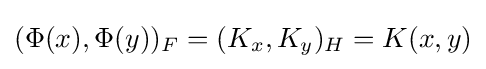
(\Phi (x),\Phi (y))_{F}=(K_{x},K_{y})_{H}=K(x,y)